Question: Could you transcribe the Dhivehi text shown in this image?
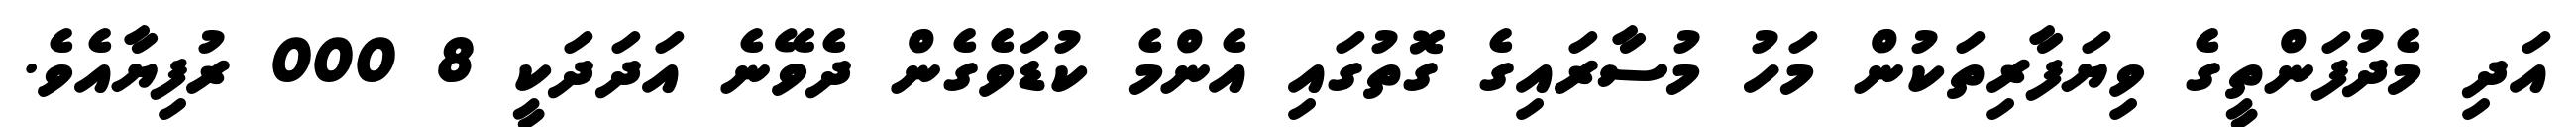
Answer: އަދި މެދުފަންތީގެ ވިޔަފާރިތަކުން މަހު މުސާރައިގެ ގޮތުގައި އެންމެ ކުޑަވެގެން ދެވޭނެ އަދަދަކީ 8 000 ރުފިޔާއެވެ.